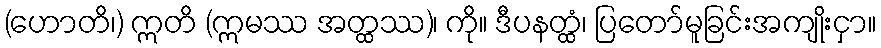
(ဟောတိ၊) ဣတိ (ဣမဿ အတ္ထဿ)၊ ကို။ ဒီပနတ္ထံ၊ ပြတော်မူခြင်းအကျိုးငှာ။